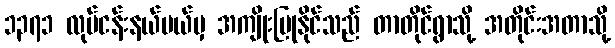
၁၃၇၁ လုပ်ငန်းနယ်ပယ်မှ အကျိုးပြုနိုင်သည် တာတိုင်ရွာသို့ အတိုင်းအတာသို့